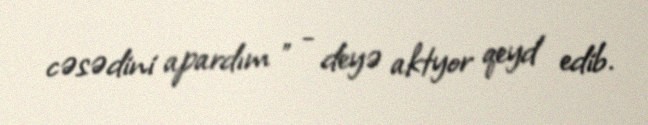
cəsədini apardım " - deyə aktyor qeyd edib.